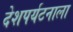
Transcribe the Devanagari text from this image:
देशपर्यटनाला